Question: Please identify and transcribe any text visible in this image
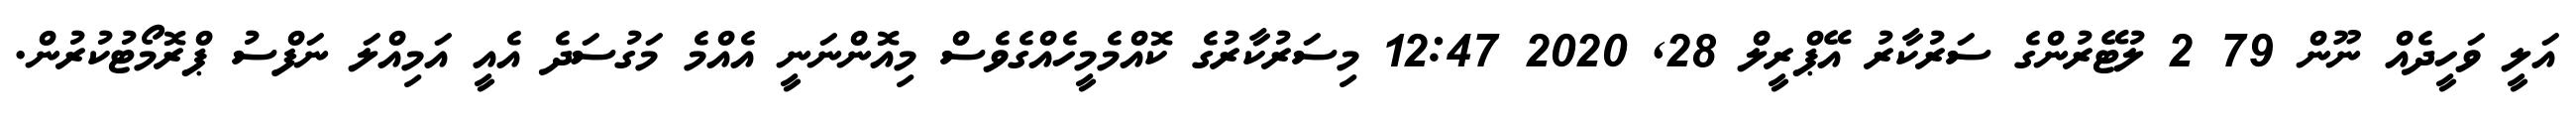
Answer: އަލީ ވަހީދެއް ނޫން 79 2 ލުޓޭރުންގެ ސަރުކާރު އޭޕްރީލް 28, 2020 12:47 މިސަރުކާރުގެ ކޮއްމެމީހެއްގެވެސް މިއޮންނަނީ އެއްމެ މަގުސަދެ އެއީ އަމިއްލަ ނަފްސު ޕްރޮމޯޓުކުރުން.